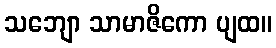
သဘျော သာမာဇိကော ပျထ။